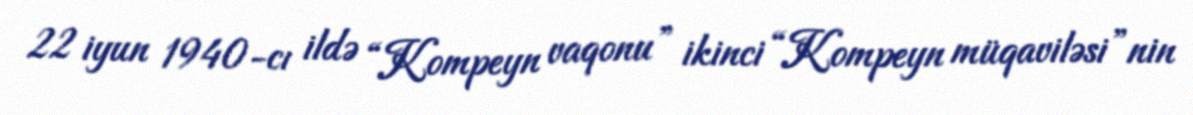
22 iyun 1940-cı ildə “Kompeyn vaqonu” ikinci “Kompeyn müqaviləsi”nin